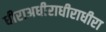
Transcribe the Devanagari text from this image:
धीराअधीराधीराधीरा